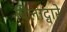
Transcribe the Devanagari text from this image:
बिलाद्वारे